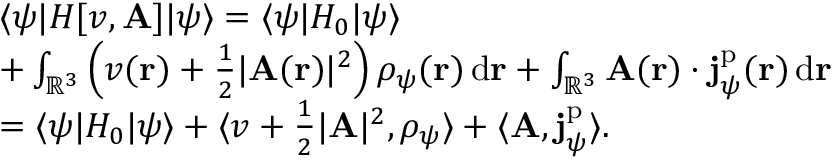
\begin{array} { r l } & { \langle \psi | H [ v , \mathbf { A } ] | \psi \rangle = \langle \psi | H _ { 0 } | \psi \rangle } \\ & { + \int _ { \mathbb R ^ { 3 } } \left( v ( \mathbf { r } ) + \frac 1 2 | \mathbf { A } ( \mathbf { r } ) | ^ { 2 } \right) \rho _ { \psi } ( \mathbf { r } ) \, \mathrm { d } \mathbf { r } + \int _ { \mathbb R ^ { 3 } } \mathbf { A } ( \mathbf { r } ) \cdot \mathbf { j } _ { \psi } ^ { \mathrm { p } } ( \mathbf { r } ) \, \mathrm { d } \mathbf { r } } \\ & { = \langle \psi | H _ { 0 } | \psi \rangle + \langle v + \frac 1 2 | \mathbf { A } | ^ { 2 } , \rho _ { \psi } \rangle + \langle \mathbf { A } , \mathbf { j } _ { \psi } ^ { \mathrm { p } } \rangle . } \end{array}